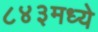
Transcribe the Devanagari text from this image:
८४३मध्ये